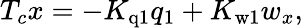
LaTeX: T_{c}x=-K_{\mathrm{q1}}q_{1}+K_{\mathrm{w1}}{w_{x}},